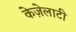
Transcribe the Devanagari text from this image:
केज़ेलाटी